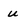
Character: u